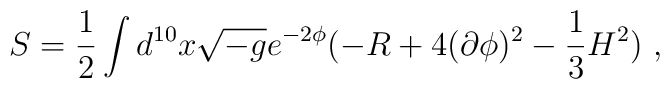
S =\frac{1}{2} \int d^{10} x \sqrt{-g} e^{-2 \phi}      ( - R + 4 (\partial \phi)^2 - \frac{1}{3} H^2) ~,